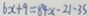
6 x + 9 = 8 4 x - 2 1 - 3 5